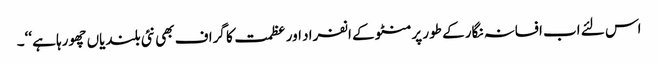
اس لئے اب افسانہ نگار کے طور پر منٹو کے انفراد اور عظمت کا گراف بھی نئی بلندیاں چھورہا ہے ‘‘۔